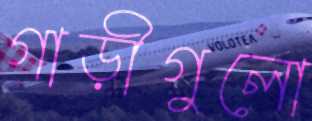
গাড়ীগুলো